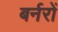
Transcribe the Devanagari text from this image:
बर्नरों